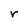
Character: r